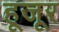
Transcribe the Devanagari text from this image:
हूजूर